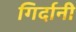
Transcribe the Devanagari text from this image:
गिर्दानी